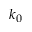
k _ { 0 }